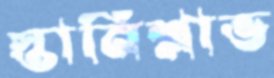
স্তানিশ্লাভ